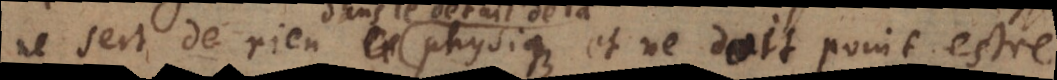
detail de la physique et ne doit point estre